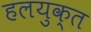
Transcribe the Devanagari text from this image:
हलयुक्त